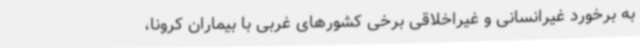
به برخورد غیرانسانی و غیراخلاقی برخی کشورهای غربی با بیماران کرونا،